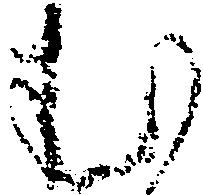
む